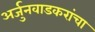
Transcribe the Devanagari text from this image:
अर्जुनवाडकरांचा